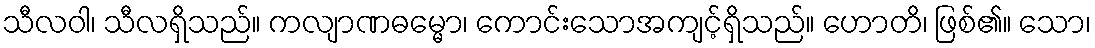
သီလဝါ၊ သီလရှိသည်။ ကလျာဏဓမ္မော၊ ကောင်းသောအကျင့်ရှိသည်။ ဟောတိ၊ ဖြစ်၏။ သော၊